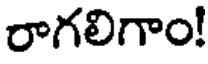
రాగలిగాం!